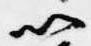
以